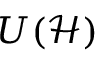
{ \cal U } ( \mathscr { H } )